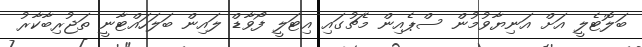
ބަލޮޓެލީ އަށް އަނިޔާވުމުން ސްޕެއިން މެޗުގައި އިޓަލީ ފޯވާޑް ލައިން ބަލަހައްޓާނީ ތަޖުރިބާކާރު